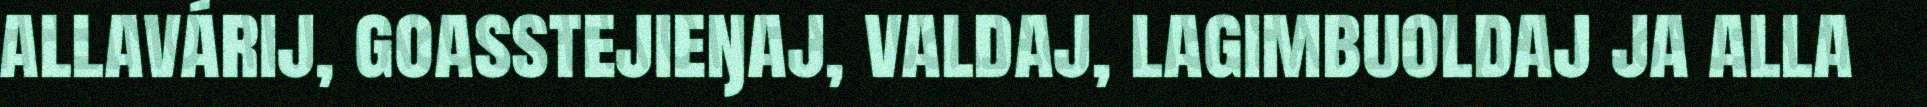
allavárij, goasstejieŋaj, valdaj, lagimbuoldaj ja alla